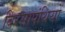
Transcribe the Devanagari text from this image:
बिरसापंथियों